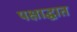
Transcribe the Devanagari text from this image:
पक्षाद्घात